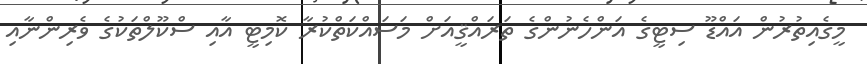
މީގެއިތުރުން އައްޑޫ ސިޓީގެ އަންހެނުންގެ ތަރައްޤީއަށް މަސައްކަތްކުރާ ކޮމިޓީ އާއި ސްކޫލްތަކުގެ ވެރިންނާއި